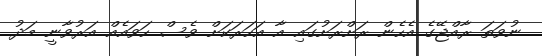
ނުވަތަ ރާއްޖޭގެ އެހެން ރަށްރަށުގައި އާ އަހަރަކަށް ވެސް ހަވައެއް އަރުވާނީ މަދު